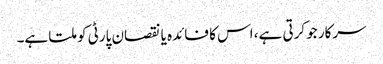
سرکار جو کرتی ہے، اس کا فائدہ یا نقصان پارٹی کو ملتا ہے۔